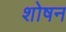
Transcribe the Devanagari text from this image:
शोषन